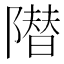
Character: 𱀱